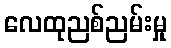
လေထုညစ်ညမ်းမှု